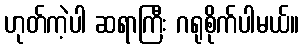
ဟုတ်ကဲ့ပါ ဆရာကြီး ဂရုစိုက်ပါမယ်။